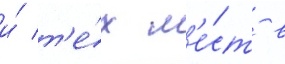
и́ т'е́х м'е́ст в